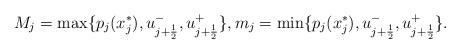
LaTeX: \begin{align*}M_j=\max \{p_j(x_j^{*}),u_{j+\frac{1}{2}}^{-},u_{j+\frac{1}{2}}^{+}\}, m_j=\min \{p_j(x_j^{*}),u_{j+\frac{1}{2}}^{-},u_{j+\frac{1}{2}}^{+}\}.\end{align*}